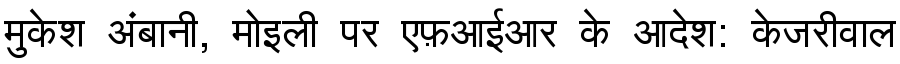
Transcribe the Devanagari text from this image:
मुकेश अंबानी, मोइली पर एफ़आईआर के आदेश: केजरीवाल